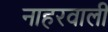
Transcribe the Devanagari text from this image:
नाहरवाली